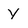
Character: y